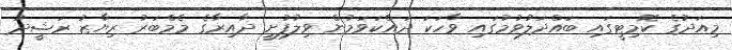
މިއަދުގެ ކޮމިޓީގައި ބައްދަލުވުމުގައި ވާހަކަ ދައްކަވަމުން ވިލުފުށީ ދާއިރާގެ މެމްބަރު ރިޔާޒު ރަޝީދު